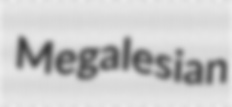
Megalesian